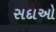
સદાઓ